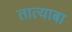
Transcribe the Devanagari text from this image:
तात्याबा